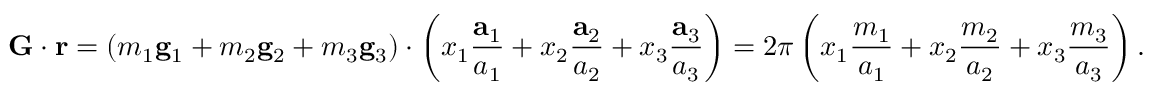
\mathbf { G } \cdot \mathbf { r } = \left( m _ { 1 } \mathbf { g } _ { 1 } + m _ { 2 } \mathbf { g } _ { 2 } + m _ { 3 } \mathbf { g } _ { 3 } \right) \cdot \left( x _ { 1 } { \frac { \mathbf { a } _ { 1 } } { a _ { 1 } } } + x _ { 2 } { \frac { \mathbf { a } _ { 2 } } { a _ { 2 } } } + x _ { 3 } { \frac { \mathbf { a } _ { 3 } } { a _ { 3 } } } \right) = 2 \pi \left( x _ { 1 } { \frac { m _ { 1 } } { a _ { 1 } } } + x _ { 2 } { \frac { m _ { 2 } } { a _ { 2 } } } + x _ { 3 } { \frac { m _ { 3 } } { a _ { 3 } } } \right) .